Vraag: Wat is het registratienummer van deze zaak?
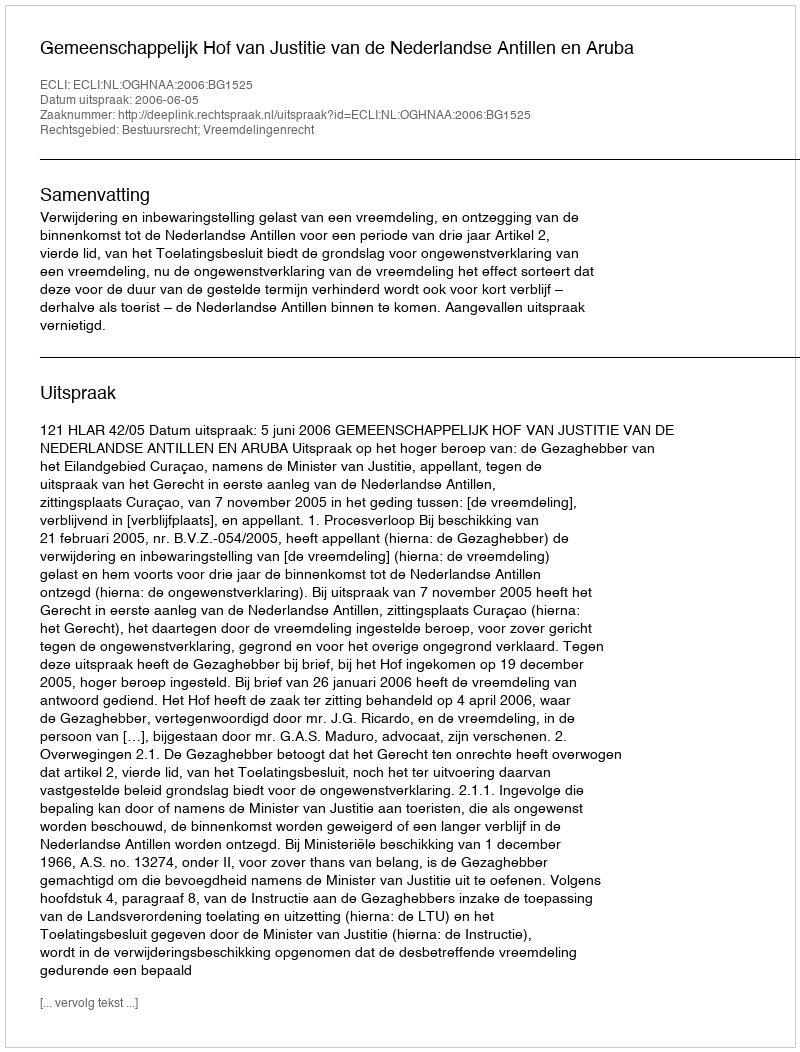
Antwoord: http://deeplink.rechtspraak.nl/uitspraak?id=ECLI:NL:OGHNAA:2006:BG1525